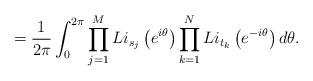
LaTeX: \begin{align*} = \frac{1}{2\pi} \int_{0}^{2\pi} \prod_{j=1}^{M} Li_{s_j} \left( e^{i\theta} \right) \prod_{k=1}^{N} Li_{t_k} \left( e^{-i\theta} \right) d\theta.\end{align*}